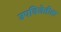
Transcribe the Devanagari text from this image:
उपविजेतीला